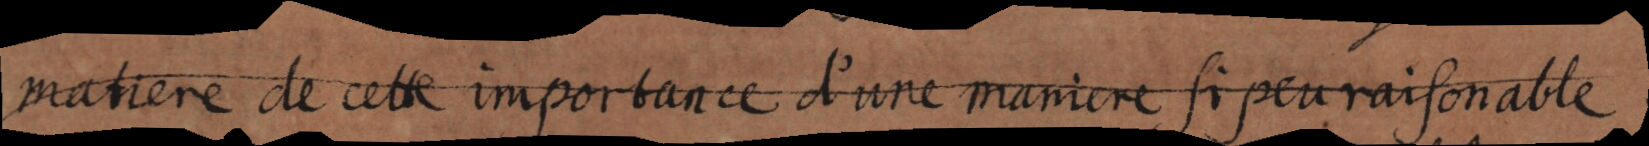
matiere de cette importance d’une maniere si peu raisonnable.